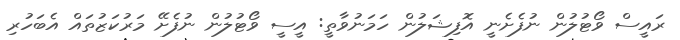
ރައީސް ވޯޓުލުން ނުފެށެނީ އޮފިޝަލުން ހަމަނުވާތީ: އީސީ ވޯޓުލުން ނުފެށޭ މަރުކަޒުތައް އެބަހުރި